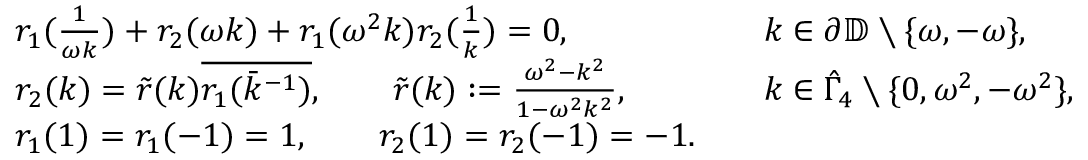
\begin{array} { r l r l } & { r _ { 1 } ( \frac { 1 } { \omega k } ) + r _ { 2 } ( \omega k ) + r _ { 1 } ( \omega ^ { 2 } k ) r _ { 2 } ( \frac { 1 } { k } ) = 0 , } & & { k \in \partial \mathbb { D } \setminus \{ \omega , - \omega \} , } \\ & { r _ { 2 } ( k ) = \tilde { r } ( k ) \overline { { r _ { 1 } ( \bar { k } ^ { - 1 } ) } } , \qquad \tilde { r } ( k ) : = \frac { \omega ^ { 2 } - k ^ { 2 } } { 1 - \omega ^ { 2 } k ^ { 2 } } , } & & { k \in \hat { \Gamma } _ { 4 } \setminus \{ 0 , \omega ^ { 2 } , - \omega ^ { 2 } \} , } \\ & { r _ { 1 } ( 1 ) = r _ { 1 } ( - 1 ) = 1 , \qquad r _ { 2 } ( 1 ) = r _ { 2 } ( - 1 ) = - 1 . } \end{array}